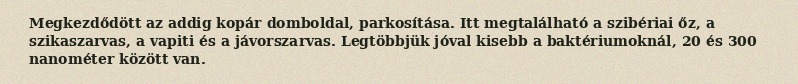
Megkezdődött az addig kopár domboldal, parkosítása. Itt megtalálható a szibériai őz, a szikaszarvas, a vapiti és a jávorszarvas. Legtöbbjük jóval kisebb a baktériumoknál, 20 és 300 nanométer között van.